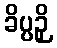
ခိပ္ပဉှိ